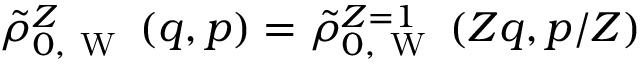
\tilde { \rho } _ { 0 , \mathrm { ~ W ~ } } ^ { Z } \left( q , p \right) = \tilde { \rho } _ { 0 , \mathrm { ~ W ~ } } ^ { Z = 1 } \left( Z q , p / Z \right)